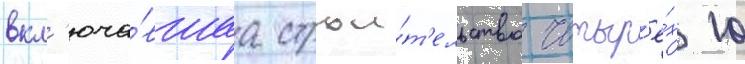
вкл'юча́вшаа строи́т'ельство четыр'ё́х 10